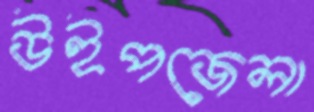
উইপজেলা